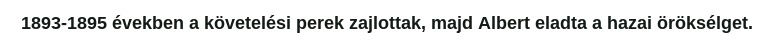
1893-1895 években a követelési perek zajlottak, majd Albert eladta a hazai öröksélget.